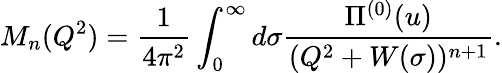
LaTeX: M_{n}(Q^{2})=\frac{1}{4\pi^{2}}\int_{0}^{\infty}d\sigma\frac{\Pi^{(0)}(u)}{(Q^{2}+W(\sigma))^{n+1}}.